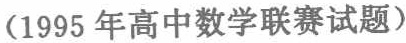
(1995年高中数学联赛试题)